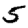
Digit: 5